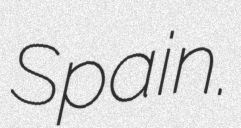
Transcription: Spain.